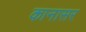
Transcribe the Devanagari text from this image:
कानासर